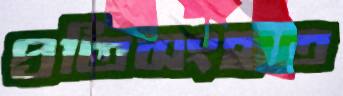
প্রতিসংহৃত